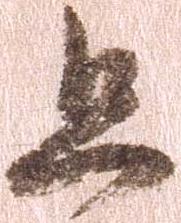
且